Report of the Municipal Commissioner on the plague in Bombay for the year ending 31st May... - Volume 2
Disease focus: Plague
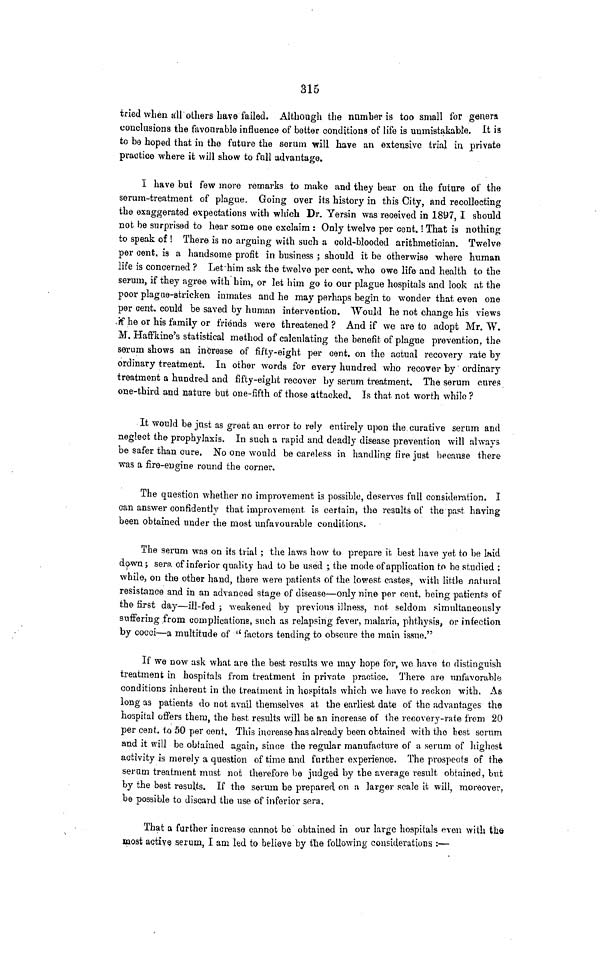
315
tried when till others have failed. Although the number is too small for genera
conclusions the favourable influence of better conditions of life is unmistakable. It is
to be hoped that in the future the serum will have an extensive trial in private
practice where it will show to full advantage.
I have but few more remarks to make and they bear on the future of the
serum-treatment of plague. Going over its history in this City, and recollecting
the exaggerated expectations with which Dr. Yersin was received in 1897, I should
not be surprised to hear some one exclaim : Only twelve per cent.! That is nothing
to speak of ! There is no arguing with such a cold-blooded arithmetician. Twelve
per cent, is a handsome profit in business ; should it be otherwise where human
life is concerned ? Let'him ask the twelve per cent, who owe life and health to the
serum, if they agree with him, or let him go io our plague hospitals and look at the
poor plague-stricken inmates and he may perhaps begin to wonder that even one
per cent, could be saved by human intervention. "Would he not change his views
-tf he or his family or friends were threatened ? And if we are to adopt Mr. W.
M. Haffkine's statistical method of calculating the benefit of plague prevention, the
serum shows an increase of fifty-eight per cent, on the actual recovery rate by
ordinary treatment. In other words for every hundred who recover by ordinar} r
treatment a hundred and fifty-eight recover by serum treatment. The serum cures
one-third and nature but one-fifth of those attacked. Is that not worth while ?
It would be just as great an error to rely entirely upon the curative serum and
neglect the prophylaxis. In such a rapid and deadly disease prevention will always
be safer than cure. No one would be careless in handling fire just because there
was a fire-engine round the corner.
The question whether no improvement is possible, deserves fnll consideration. I
can answer confidently that improvement is certain, the results of the past having
been obtained under the most unfavourable conditions.
The serum was on its trial ; the laws how to prepare it best have yet to be Inid
down j sera of inferior quality had to be used ; the mode of application to be studied ;
while, on the other hand, there were patients of the lowest castes, with little natural
resistance and in an advanced stage of disease—only nine per nent. being patients of
the first day—ill-fed ; weakened by previous illness, not seldom simultaneously
suffering from complications, such as relapsing fever, malaria, phthysis, or infection
by cocci—a multitude of (< factors tending to obscure the main issue."
If we now ask what are the best results we may hope for, we have to distinguish
treatment in hospitals from treatment in private practice. There are unfavorable
conditions inherent in the treatment in hospitals which we have to reckon with. As
long as patients do not avail themselves at the earliest date of the advantages the
hospital offers them, the best results will be an increase of the recovery-rate from 20
per cent, to 50 per cent. This increase has already been obtained with the best serum
and it will be obtained again, since the regular manufacture of a serum of highest
activity is merely a question of time and further experience. The prospects of the
seram treatment must not therefore be judged by the average result obtained, but
by the best results. If the serum be prepared on a larger scale it will, moreover,
be possible to discard the use of inferior sera.
That a further increase cannot be obtained in our large hospitals even with tlaft
most active serum, I am led to believe by the following considerations :—